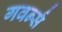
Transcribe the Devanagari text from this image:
गवर्न्स